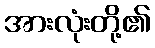
အားလုံးတို့၏